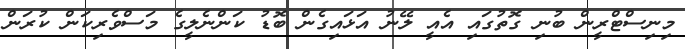
މިނިސްޓްރީން ބުނި ގޮތުގައި އެއީ ލޭނު އަޅައިގެން ބޮޑު ކަންނެލީގެ މަސްވެރިކަން ކުރަން